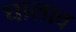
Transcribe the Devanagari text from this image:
घालाव